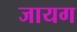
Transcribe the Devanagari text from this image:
जायग